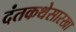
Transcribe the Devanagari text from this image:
दंतकथेसारखा